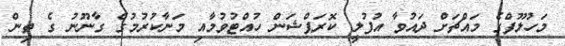
މަހުލޫފްގެ މައްޗަށް ދައުވާ އުފުލީ ކޮރަޕްޝަން ހުއްޓުވުމާއި މަނާކުރުމުގެ ގާނޫނު ގެ ތިން